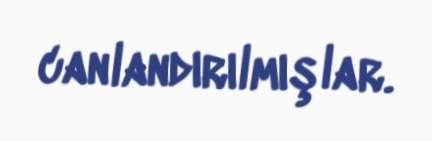
canlandırılmışlar.